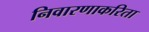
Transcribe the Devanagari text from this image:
निवारणाकरिता